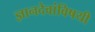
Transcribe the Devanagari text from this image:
ज्ञानदेवांविषयी